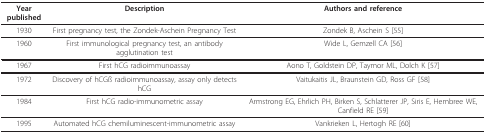
<table><thead><tr><td><b>Year published</b></td><td><b>Description</b></td><td><b>Authors and reference</b></td></tr></thead><tbody><tr><td>1930</td><td>First pregnancy test, the Zondek-Aschein Pregnancy Test</td><td>Zondek B, Aschein S [55]</td></tr><tr><td>1960</td><td>First immunological pregnancy test, an antibody agglutination test</td><td>Wide L, Gemzell CA [56]</td></tr><tr><td>1967</td><td>First hCG radioimmunoassay</td><td>Aono T, Goldstein DP, Taymor ML, Dolch K [57]</td></tr><tr><td>1972</td><td>Discovery of hCGß radioimmunoassay, assay only detects hCG</td><td>Vaitukaitis JL, Braunstein GD, Ross GF [58]</td></tr><tr><td>1984</td><td>First hCG radio-immunometric assay</td><td>Armstrong EG, Ehrlich PH, Birken S, Schlatterer JP, Siris E, Hembree WE, Canfield RE [59]</td></tr><tr><td>1995</td><td>Automated hCG chemiluminescent-immunometric assay</td><td>Vankrieken L, Hertogh RE [60]</td></tr></tbody></table>